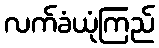
လက်ခံယုံကြည်